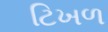
ટિખળ